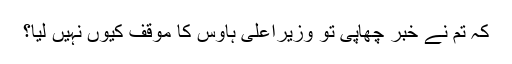
کہ تم نے خبر چھاپی تو وزیراعلیٰ ہاوس کا موقف کیوں نہیں لیا؟